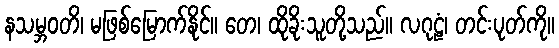
နသမ္ဘဝတိ၊ မဖြစ်မြောက်နိုင်။ တေ၊ ထိုခိုးသူတို့သည်။ လဂုဠံ၊ တင်းပုတ်ကို။